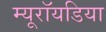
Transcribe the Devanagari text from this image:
म्यूरॉयडिया